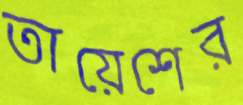
তায়েশের